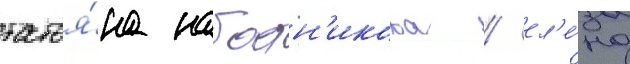
татья́на набатн'икова / ел'е́на